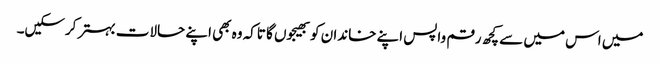
میں اس میں سے کچھ رقم واپس اپنے خاندان کو بھیجوں گا تاکہ وہ بھی اپنے حالات بہتر کرسکیں۔